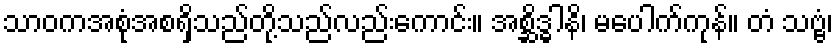
သာဝကအစုံအစရှိသည်တို့သည်လည်းကောင်း။ အစ္ဆိဒ္ဓါနိ၊ မပေါက်ကုန်။ တံ သဗ္ဗံ၊